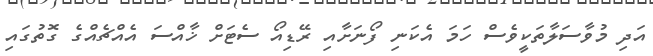
އަދި މުވާސަލާތަކީވެސް ހަމަ އެކަނި ފޯނަށާއި ރޭޑިއޯ ސެޓަށް ޚާއްސަ އެއްޗެއްގެ ގޮތުގައި